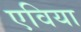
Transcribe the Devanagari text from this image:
एविया